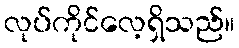
လုပ်ကိုင်လေ့ရှိသည်။